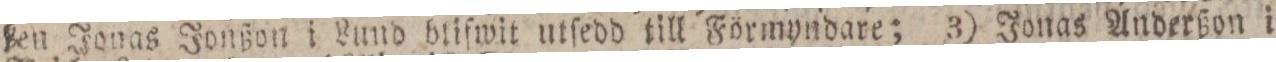
ßen Jonas Jonßon i Lund blifwit utſedd till Förmyndare; 3) Jonas Anderßon i